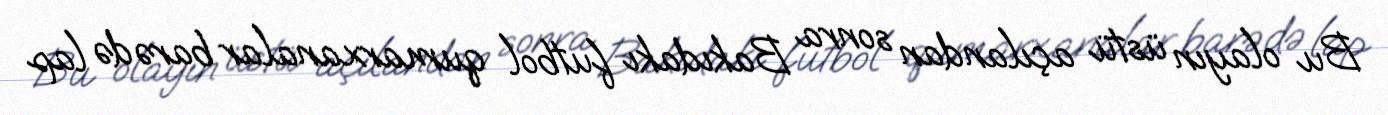
Bu olayın üstü açılandan sonra Bakıdakı futbol qumarxanalar barədə lap